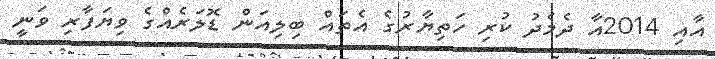
އާއި 2014އާ ދެމެދު ކުރި ހަތިޔާރުގެ އެތައް ބިލިއަން ޑޮލަރެއްގެ ވިޔަފާރި ވަނީ